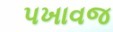
પખાવજ